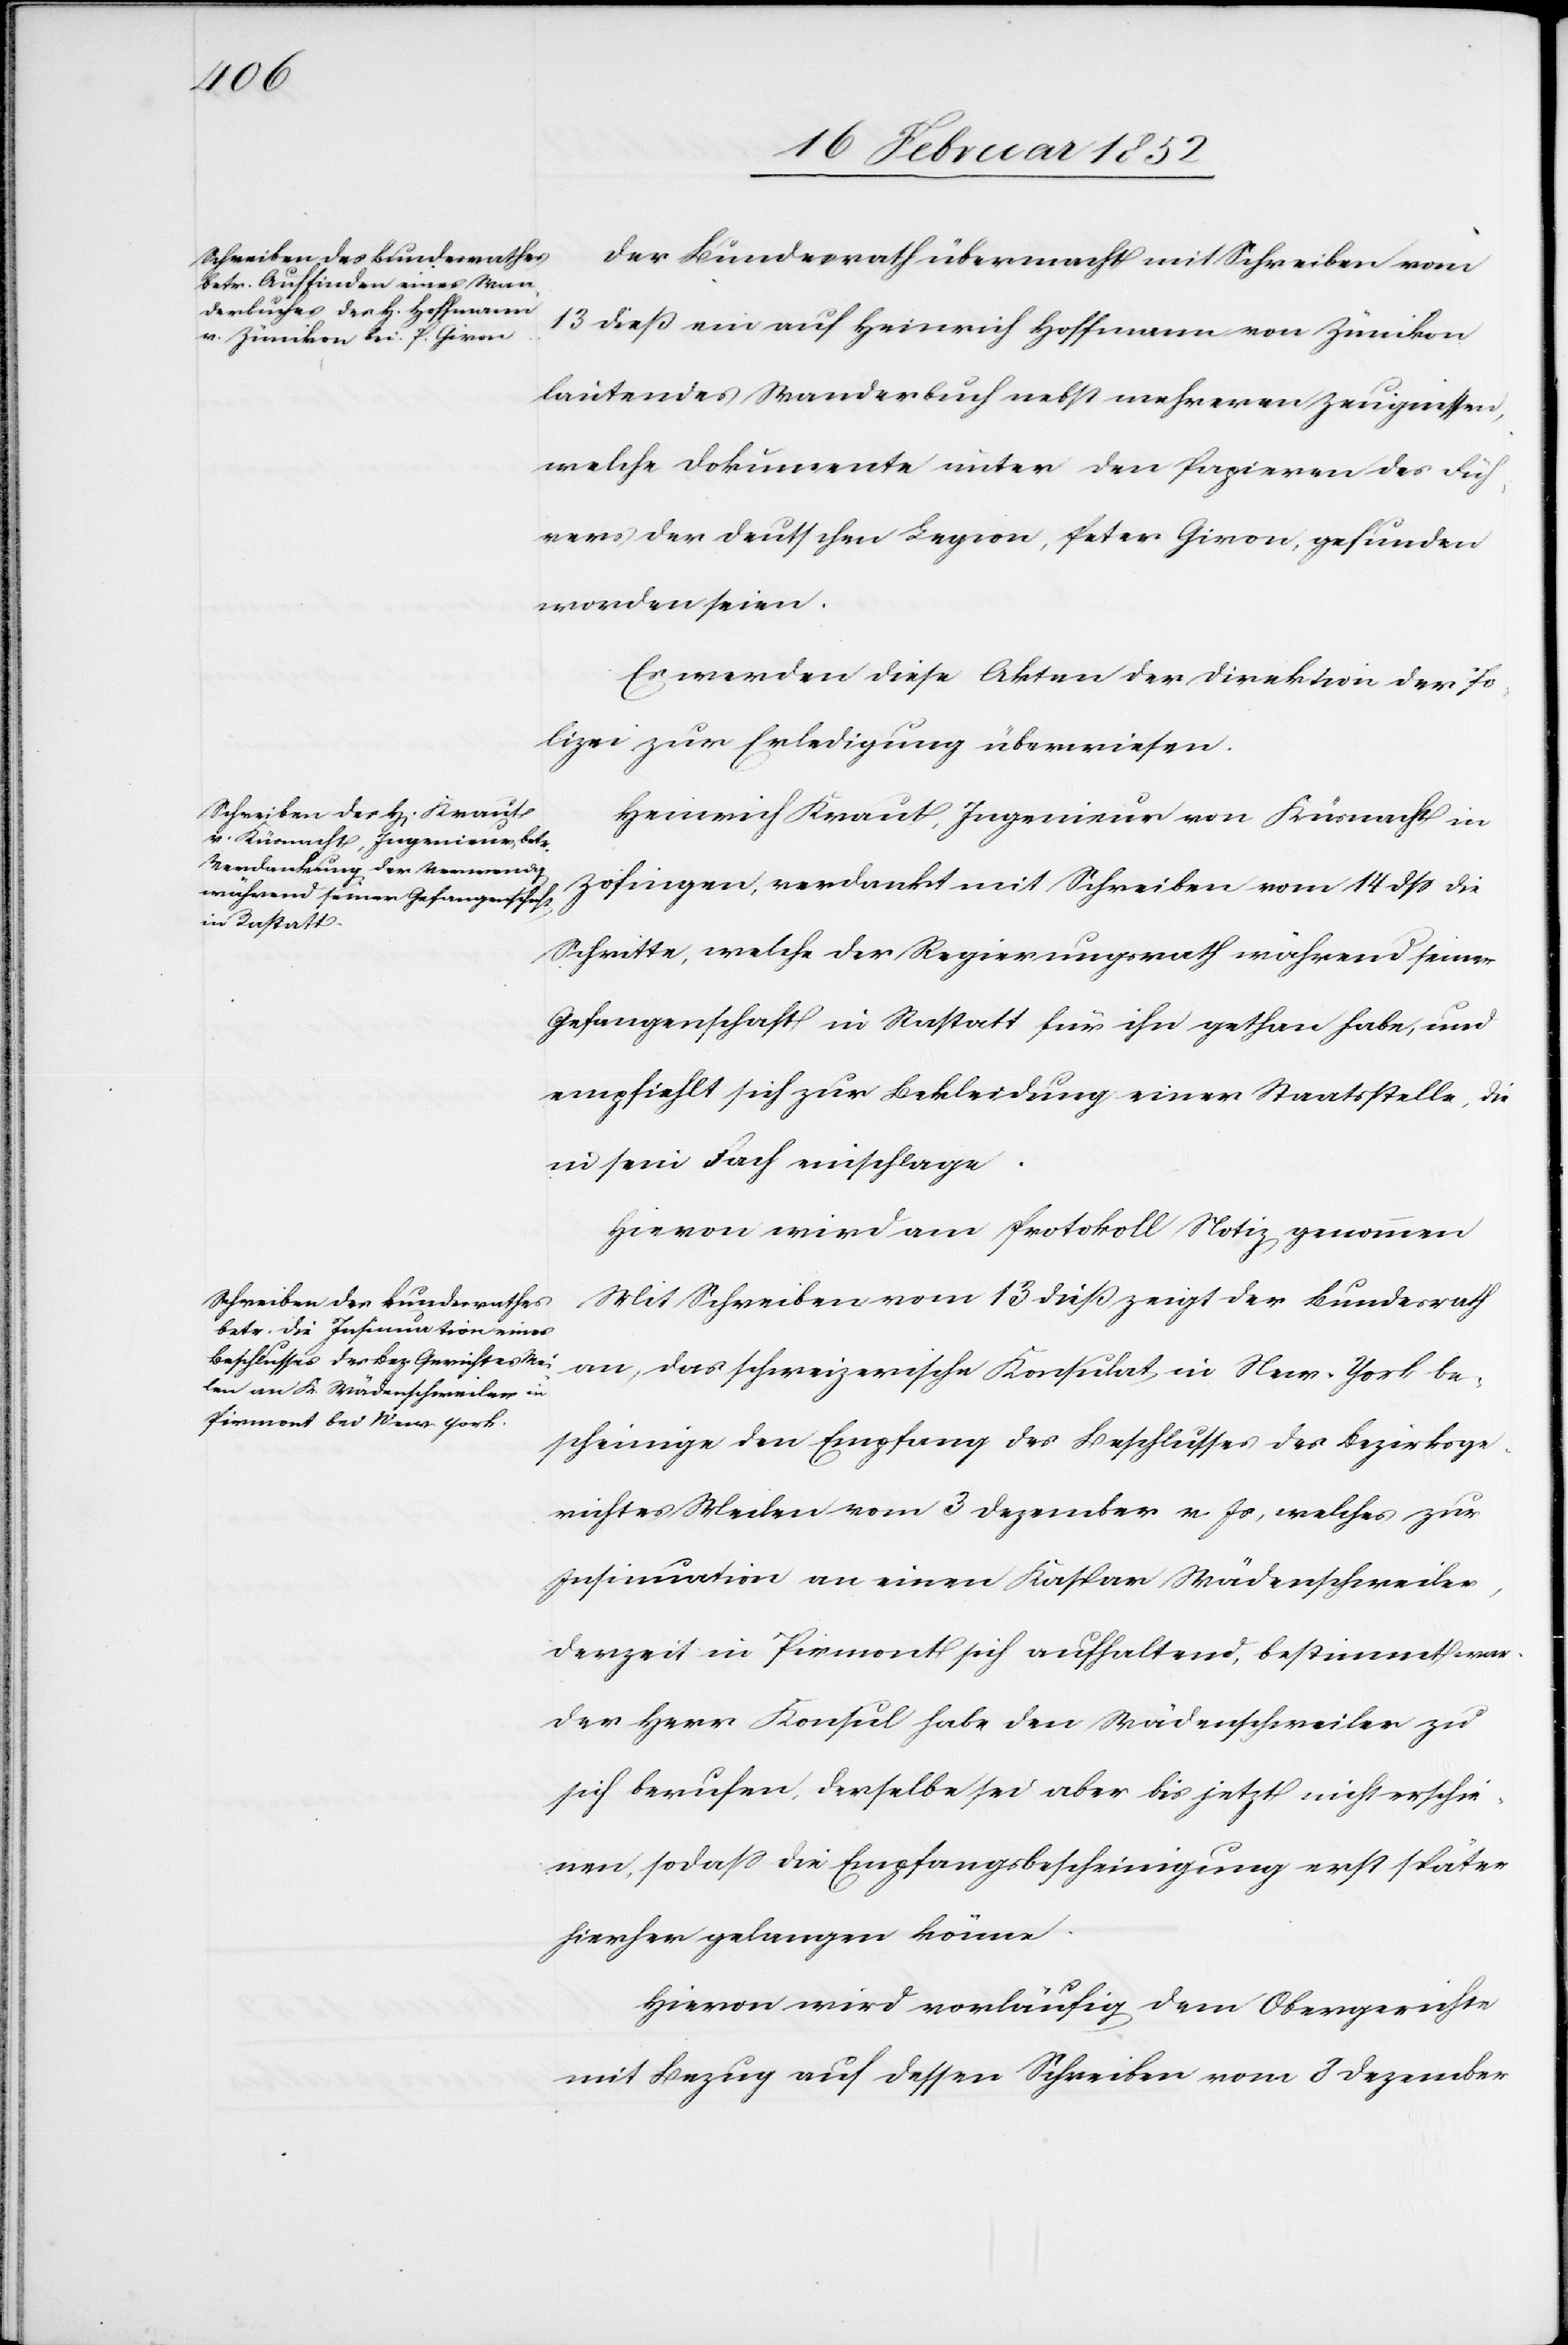
Der Bundesrath übermacht mit Schreiben vom
13 dieß ein auf Heinrich Hoffmann von Zünikon
lautendes Wanderbuch nebst mehreren Zeugnissen
welche Dokumente unter den Papieren des Füh¬
rers der deutschen Legion, Peter Giron, gefunden
worden seien.
Es werden diese Akten der Direktion der
Arbeiten zur Erledigung überwiesen.
Heinrich Kraut, Ingenieur von Küsnacht in
Zofingen, verdankt mit Schreiben vom 14 dß die
Schritte, welche der Regierungsrath während seiner
Gefangenschaft in Rastatt für ihn gethan habe, und
empfiehlt sich zur Bekleidung einer Staatsstelle, die
in sein Fach einschlage.
Hiervon wird am Protokoll Notiz genommen.
Mit Schreiben vom 13 dieß zeigt der Bundesrath
an, das schweizerische Konsulat in New-York be¬
scheinige den Empfang des Beschlusses des Bezirksge¬
richtes Meilen vom 3 Dezember v. Js, welches zur
Insinuation an einen Kaspar Wädenschweiler,
derzeit in Piemont sich aufhaltend, bestimmt war.
Der Herr Konsul habe den Wädenschweiler zu
sich berufen, derselbe sei aber bis jetzt nicht erschie¬
nen, sodaß die Empfangsbescheinigung erst später
hierher gelangen könne.
Hiervon wird vorläufig dem Obergerichte
mit Bezug auch dessen Schreiben vom 3 Dezember